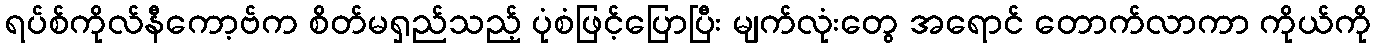
ရပ်စ်ကိုလ်နီကော့ဗ်က စိတ်မရှည်သည့် ပုံစံဖြင့်ပြောပြီး မျက်လုံးတွေ အရောင် တောက်လာကာ ကိုယ်ကို